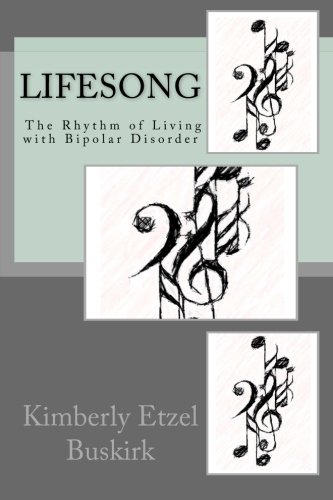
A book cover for Lifesong: The Rhythm of Living with Bipolar Disorder; Kimberly Etzel Buskirk; Health, Fitness & Dieting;